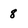
Character: 8